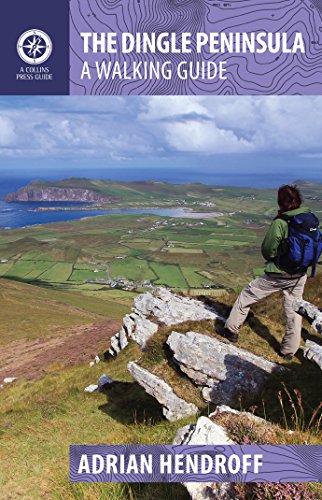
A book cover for The Dingle Peninsula: A Walking Guide; Adrian Hendroff; Travel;